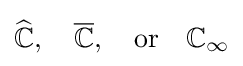
{\widehat {\mathbb {C} }},\quad {\overline {\mathbb {C} }},\quad {\text{or}}\quad \mathbb {C} _{\infty }